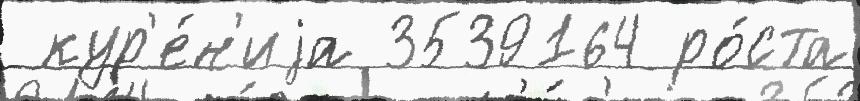
 кур'е́н'иjа 3539164 ро́ста